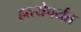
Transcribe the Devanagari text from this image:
हत्त्येपर्यंत